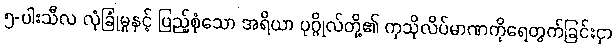
၅-ပါးသီလ လုံခြုံမှုနှင့် ပြည့်စုံသော အရိယာ ပုဂ္ဂိုလ်တို့၏ ကုသိုလိပ်မာဏကိုရေတွက်ခြင်းငှာ